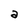
Character: a